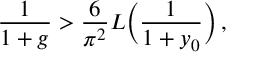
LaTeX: \frac { 1 } { 1 + g } > \frac { 6 } { \pi ^ { 2 } } L \Bigl ( \frac { 1 } { 1 + y _ { 0 } } \Bigr ) \, ,